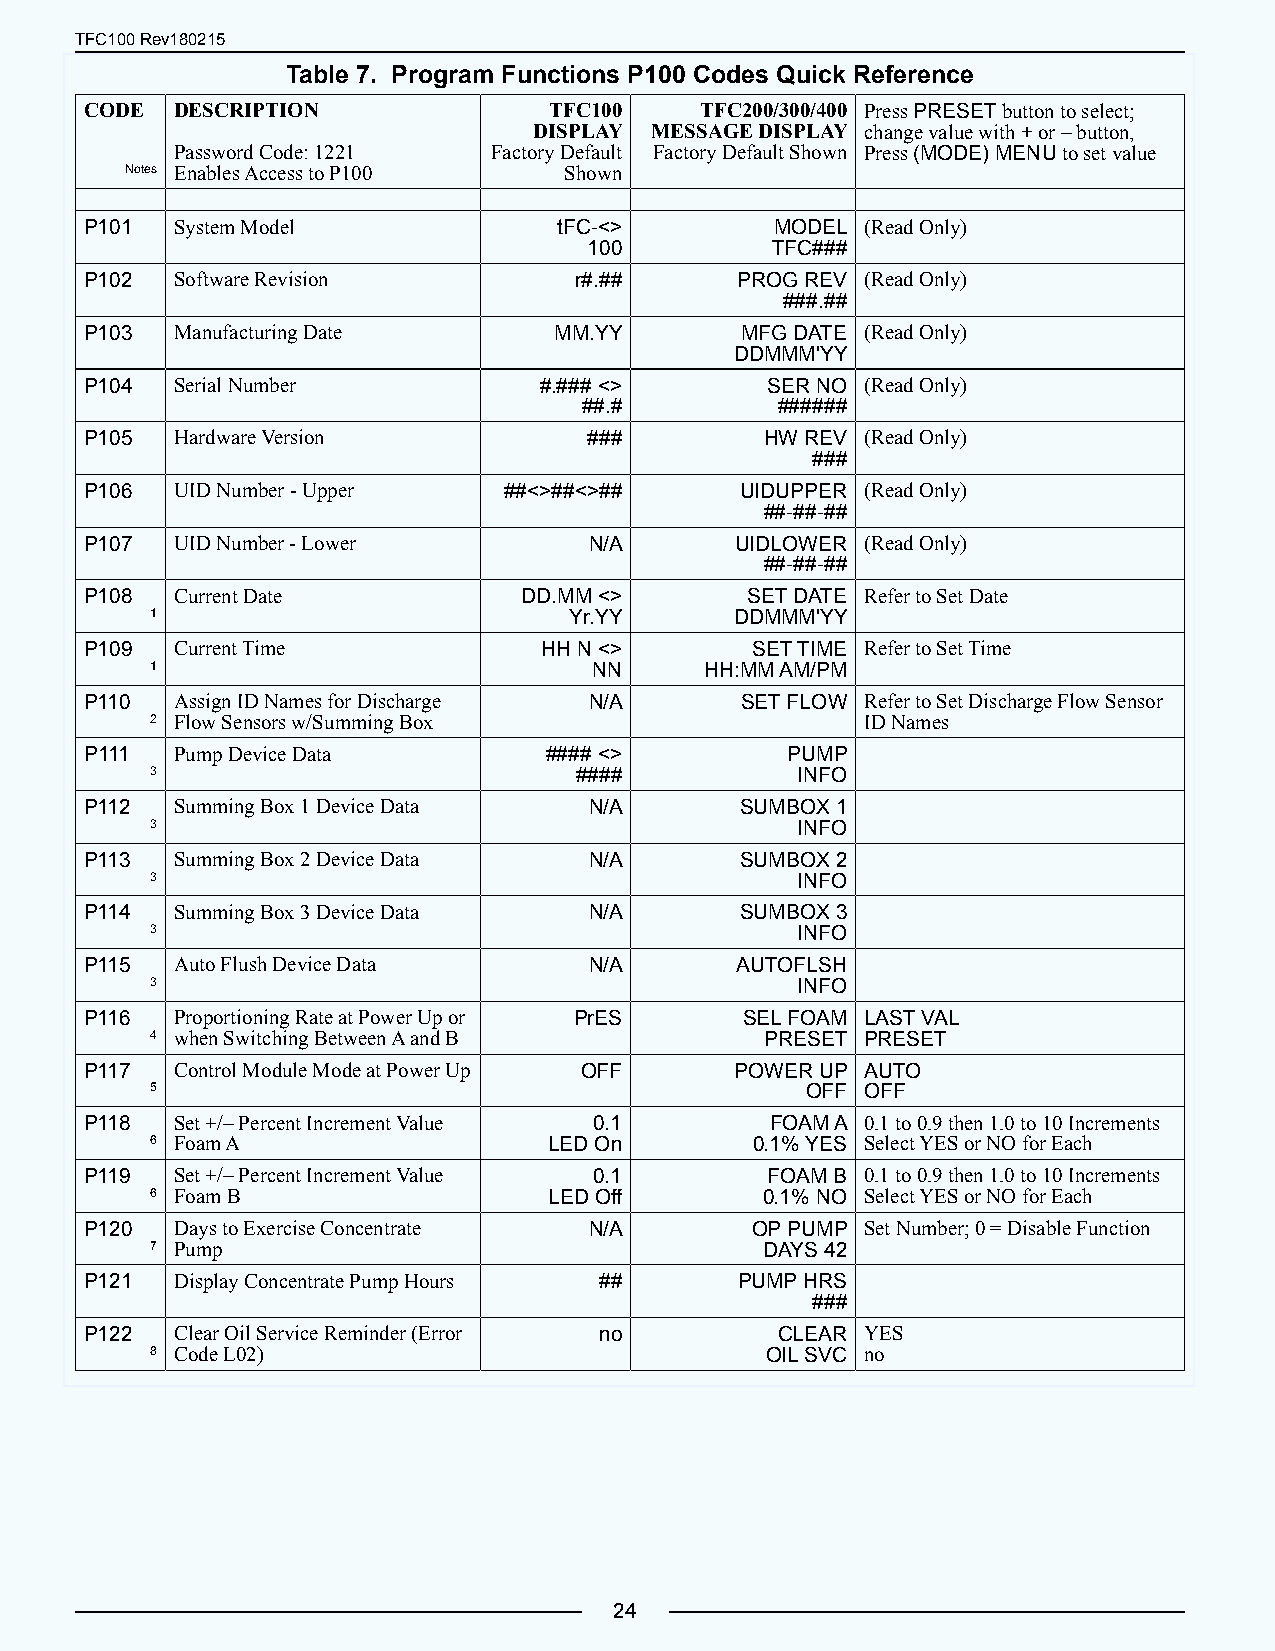
TFC100 Rev180215
 Table 7. Program Functions P100 Codes Quick Reference
 CODE  DESCRIPTION             TFC100    TFC200/300/400 Press PRESET button to select;
 DISPLAY MESSAGE DISPLAY change value with + or – button,
 Password Code: 1221 Factory Default Factory Default Shown Press (MODE) MENU to set value
 Notes Enables Access to P100 Shown
 P101  System Model             tFC-<>        MODEL (Read Only)
 100         TFC###
 P102  Software Revision         r#.##      PROG REV (Read Only)
 ###.##
 P103  Manufacturing Date       MM.YY       MFG DATE (Read Only)
 DDMMM'YY
 P104  Serial Number           #.### <>       SER NO (Read Only)
 ##.#        ######
 P105  Hardware Version           ###         HW REV (Read Only)
 ###
 P106  UID Number - Upper   ##<>##<>##      UIDUPPER (Read Only)
 ##-##-##
 P107  UID Number - Lower         N/A       UIDLOWER (Read Only)
 ##-##-##
 P108  Current Date           DD.MM <>      SET DATE Refer to Set Date
 1                           Yr.YY      DDMMM'YY
 P109  Current Time            HH N <>       SET TIME Refer to Set Time
 1                            NN      HH:MM AM/PM
 P110  Assign ID Names for Discharge N/A    SET FLOW Refer to Set Discharge Flow Sensor
 2 Flow Sensors w/Summing Box                   ID Names
 P111  Pump Device Data        #### <>         PUMP
 3                           ####           INFO
 P112  Summing Box 1 Device Data  N/A       SUMBOX 1
 3                                          INFO
 P113  Summing Box 2 Device Data  N/A       SUMBOX 2
 3                                          INFO
 P114  Summing Box 3 Device Data  N/A       SUMBOX 3
 3                                          INFO
 P115  Auto Flush Device Data     N/A       AUTOFLSH
 3                                          INFO
 P116  Proportioning Rate at Power Up or PrES SEL FOAM LAST VAL
 4 when Switching Between A and B         PRESET PRESET
 P117  Control Module Mode at Power Up OFF  POWER UP AUTO
 5                                          OFF OFF
 P118  Set +/– Percent Increment Value 0.1    FOAM A 0.1 to 0.9 then 1.0 to 10 Increments
 6 Foam A                  LED On        0.1% YES Select YES or NO for Each
 P119  Set +/– Percent Increment Value 0.1    FOAM B 0.1 to 0.9 then 1.0 to 10 Increments
 6 Foam B                  LED Off       0.1% NO Select YES or NO for Each
 P120  Days to Exercise Concentrate N/A      OP PUMP Set Number; 0 = Disable Function
 7 Pump                                   DAYS 42
 P121  Display Concentrate Pump Hours ##    PUMP HRS
 ###
 P122  Clear Oil Service Reminder (Error no   CLEAR YES
 8 Code L02)                              OIL SVC no
 24